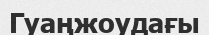
Гуаңжоудағы